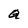
Character: a